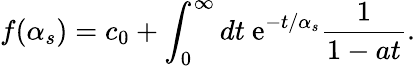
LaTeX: f(\alpha_{s})=c_{0}+\int_{0}^{\infty}dt\ \mathrm{e}^{-t/\alpha_{s}}{\frac{{1}}{{1-at}}}.